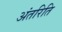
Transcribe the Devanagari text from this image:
अंतरिति